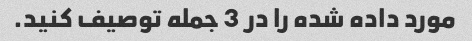
مورد داده شده را در 3 جمله توصیف کنید.